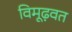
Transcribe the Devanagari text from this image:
विमूढ़वत